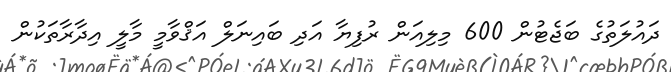
ދައުލަތުގެ ބަޖެޓުން 600 މިލިއަން ރުފިޔާ އަދި ބައިނަލް އަޤްވާމީ މާލީ އިދާރާތަކުން